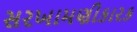
સરખામણીકારક